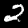
Label: 2